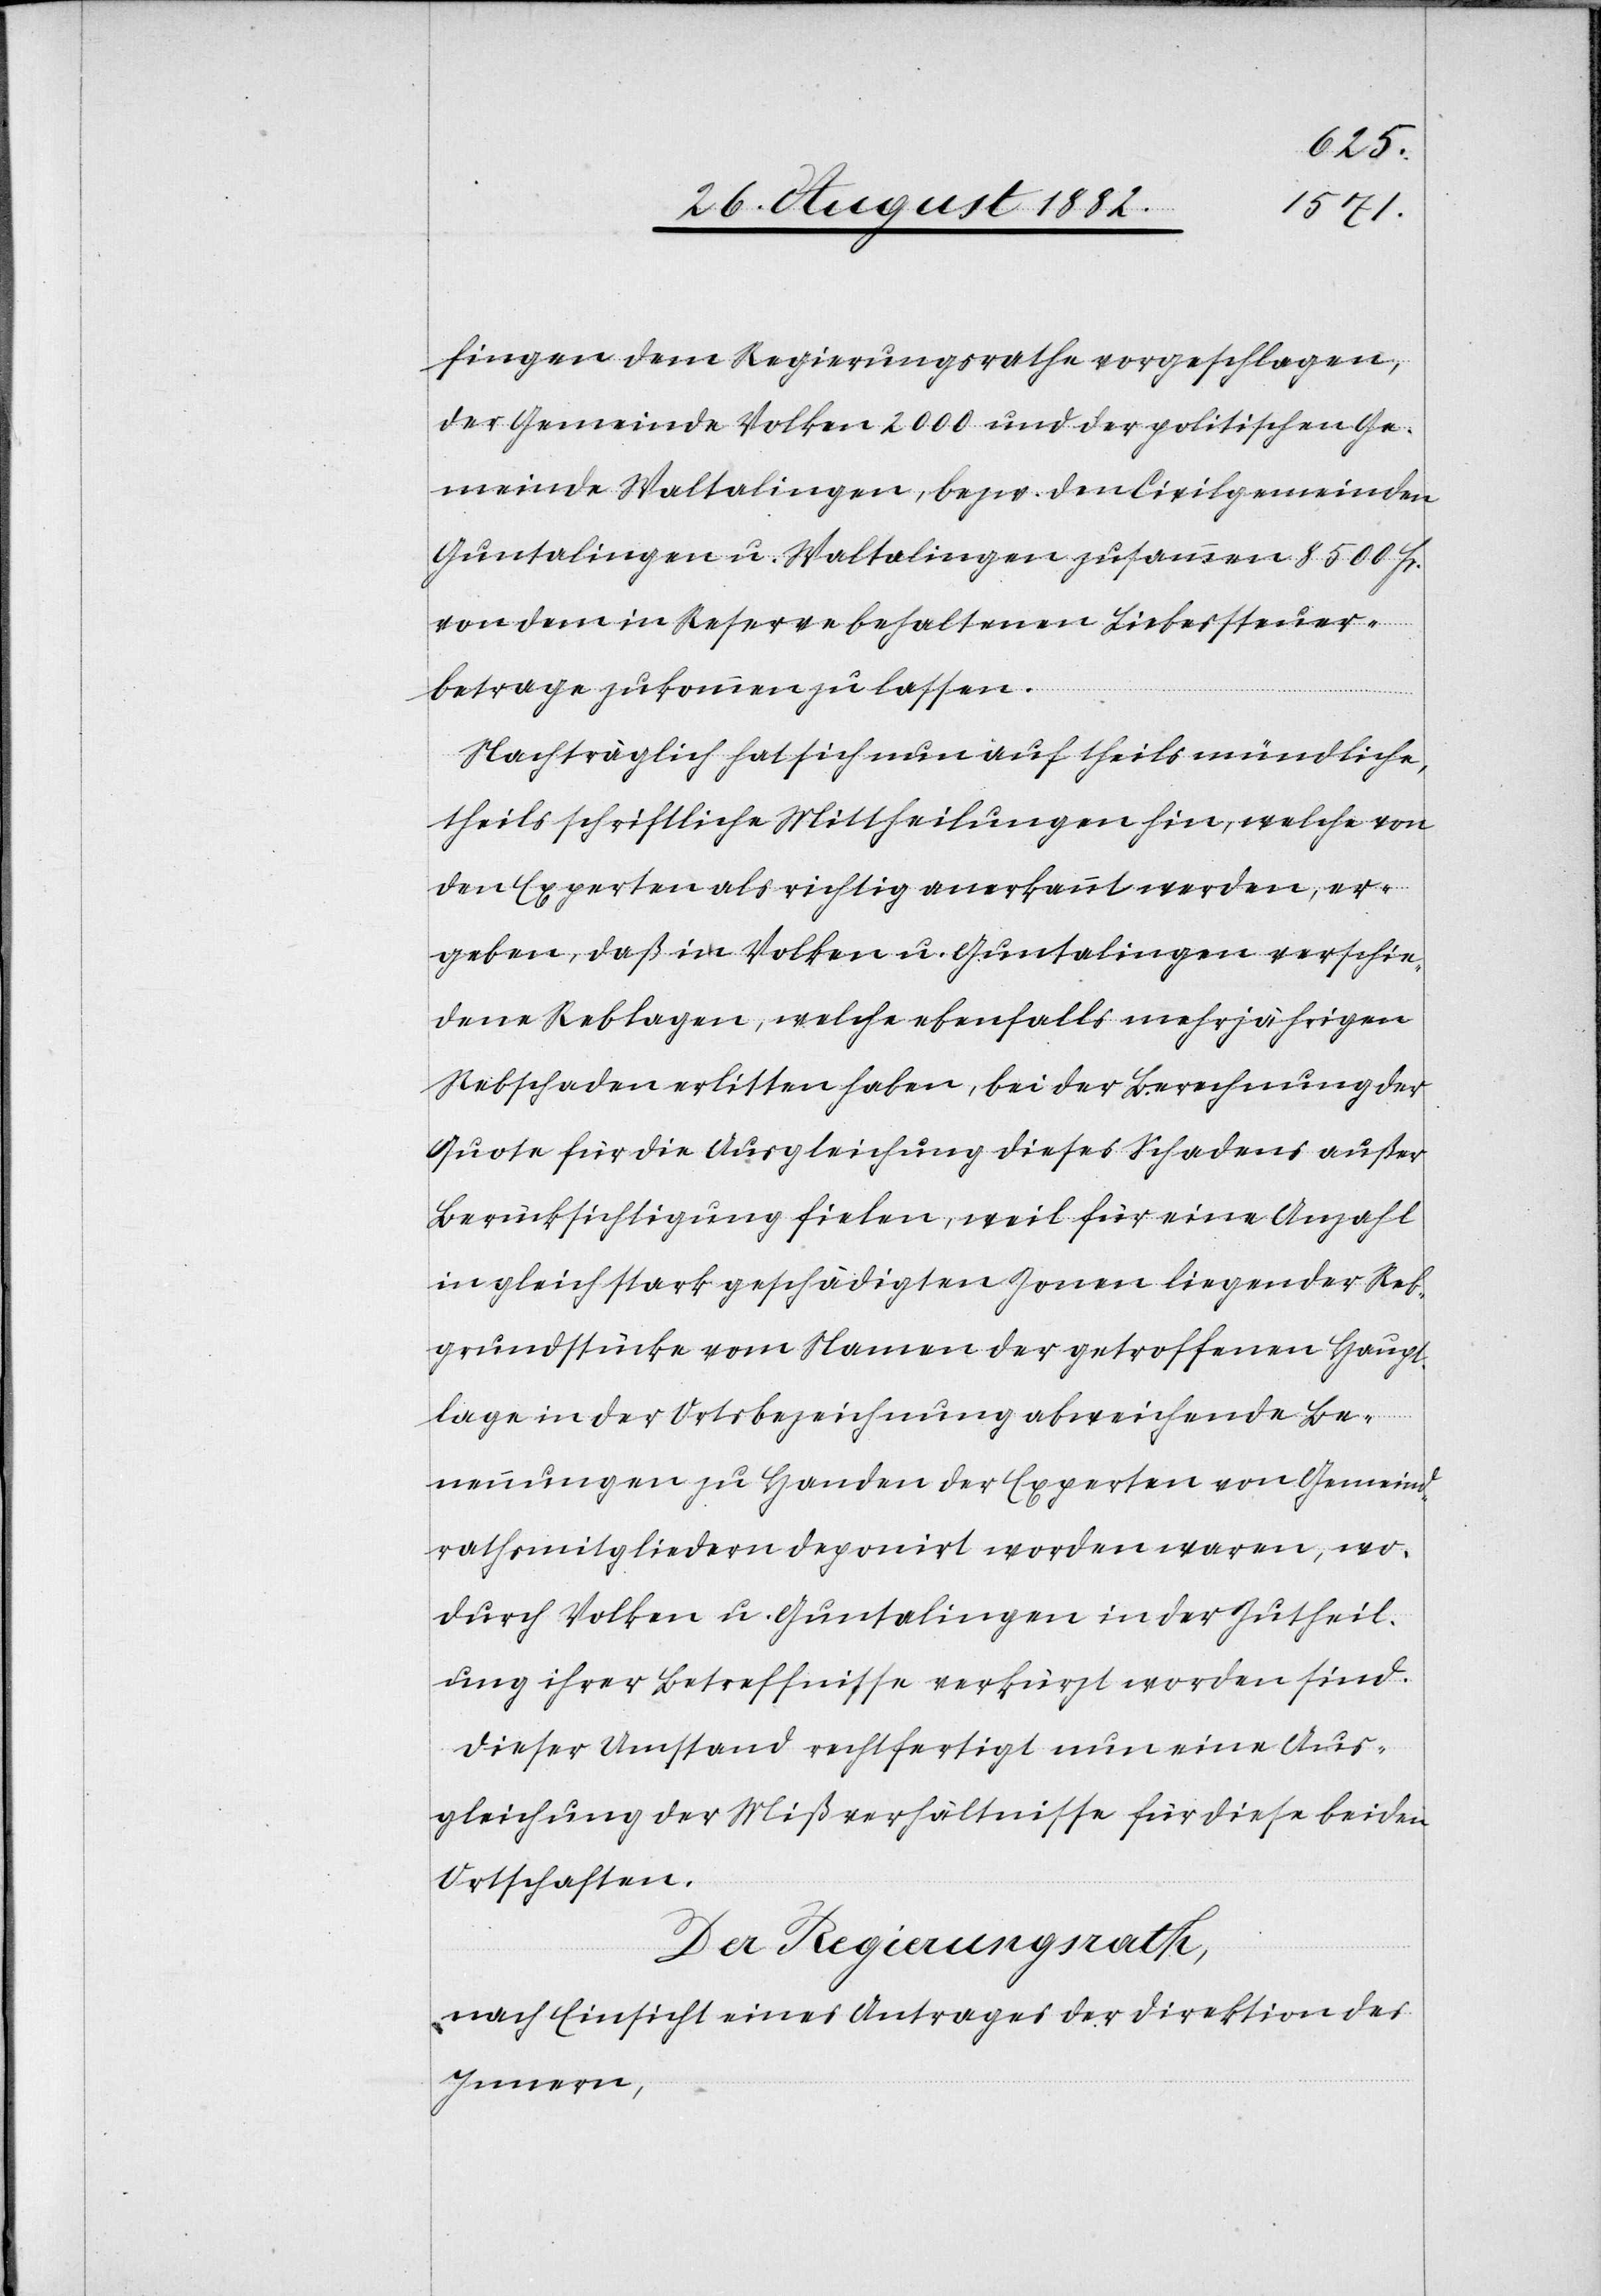
fingen dem Regierungsrathe vorgeschlagen,
der Gemeinde Volken 2000 und der politischen Ge¬
meinde Waltalingen, bezw. den Civilgemeinden
Guntalingen u. Waltalingen zusammen 8500 Fr.
von dem in Reserve behaltenen Liebessteuer¬
betrage zukommen zu lassen.
Nachträglich hat sich nun auf theils mündliche,
theils schriftliche Mittheilungen hin, welche von
den Experten als richtig anerkannt werden, er¬
geben, daß in Volken u. Guntalingen verschie¬
dene Reblagen, welche ebenfalls mehrjährigen
Rebschaden erlitten haben, bei der Berechnung der
Quote für die Ausgleichung dieses Schadens außer
Berücksichtigung fielen, weil für eine Anzahl
in gleich stark geschädigten Zonen liegender Reb¬
grundstücke vom Namen der getroffenen Haupt¬
lage in der Ortsbezeichnung abweichende Be¬
nennungen zu Handen der Experten von Gemeind¬
rathsmitgliedern deponirt worden waren, wo¬
durch Volken u. Guntalingen in der Zutheil¬
ung ihrer Betreffnisse verkürzt worden sind.
Dieser Umstand rechtfertigt nun eine Aus¬
gleichung der Mißverhältnisse für diese beiden
Ortschaften.
Der Regierungsrath,
nach Einsicht eines Antrages der Direktion des
Innern,